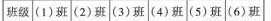
班级(1)班(2)班(3)班(4)班(5)班(6)班